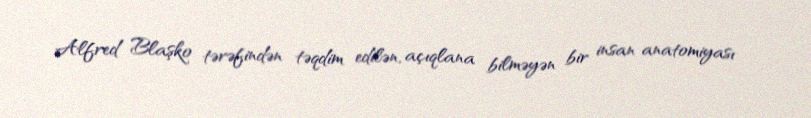
Alfred Blaşko tərəfindən təqdim edilən, açıqlana bilməyən bir insan anatomiyası